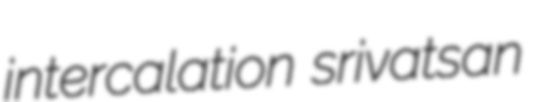
intercalation srivatsan